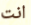
انت